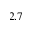
2 . 7